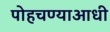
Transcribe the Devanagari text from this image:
पोहचण्याआधी